Causation and prevention of malarial fevers: a statement of the results of researches drawn up for the use of assistant surgeons, hospital assistants and students
Disease focus: Malaria
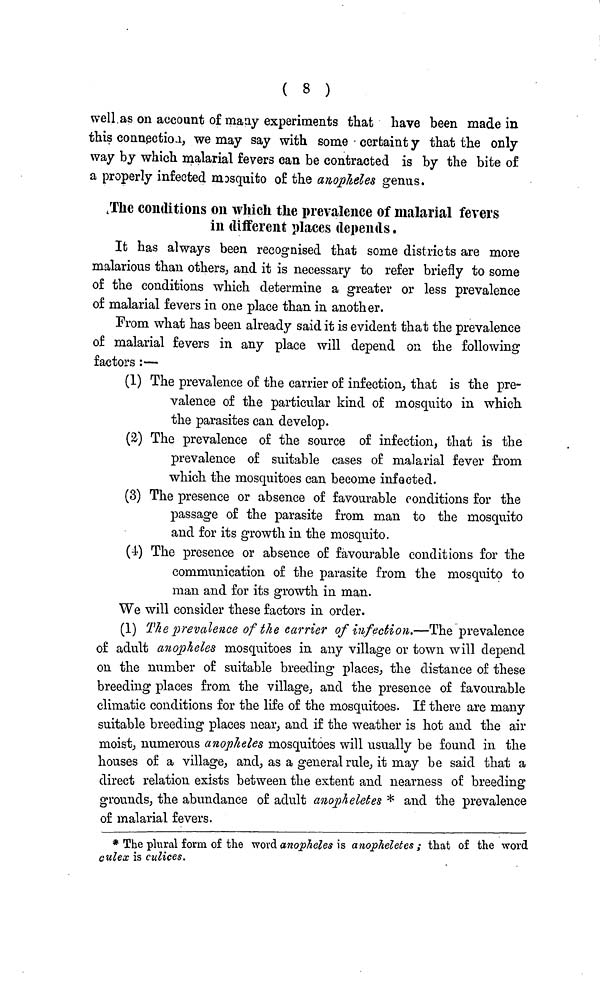
( 8 )
well as on account of many experiments that have been made in
this connection, we may say with some certainty that the only
way by which malarial fevers can be contracted is by the bite of
a properly infected mosquito of the anopheles genus.
The conditions on which the prevalence of malarial fevers
in different places depends.
It has always been recognised that some districts are more
malarious than others, and it is necessary to refer briefly to some
of the conditions which determine a greater or less prevalence
of malarial fevers in one place than in another.
Prom what has been already said it is evident that the prevalence
of malarial fevers in any place will depend on the following
factors :—
(1) The prevalence of the carrier of infection, that is the pre-
valence of the particular kind of mosquito in which
the parasites can develop.
(2) The prevalence of the source of infection, that is the
prevalence of suitable cases of malarial fever from
which the mosquitoes can become infected.
(3) The presence or absence of favourable conditions for the
passage of the parasite from man to the mosquito
and for its growth in the mosquito.
(4) The presence or absence of favourable conditions for the
communication of the parasite from the mosquito to
man and for its growth in man.
We will consider these factors in order.
(1) The prevalence of the carrier of infection.—The prevalence
of adult anopheles mosquitoes in any village or town will depend
on the number of suitable breeding places, the distance of these
breeding places from the village, and the presence of favourable
climatic conditions for the life of the mosquitoes. If there are many
suitable breeding places near, and if the weather is hot and the air
moist, numerous anopheles mosquitoes will usually be found in the
houses of a village, and, as a general rule, it may be said that a
direct relation exists between the extent and nearness of breeding
grounds, the abundance of adult anopheletes * and the prevalence
of malarial fevers.
* The plural form of the word anopheles is anopheletes ; that of the word
culex is culices.